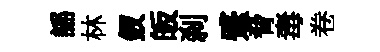
謡林釵皈刹蹙脅毒卷